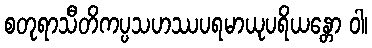
စတုရာသီတိကပ္ပသဟဿပရမာယုပရိယန္တော ဝါ၊